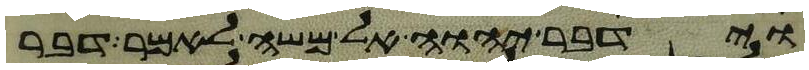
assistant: וידבר יהוה אל משה לאמר דבר